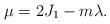
LaTeX: \begin{align*}\mu=2J_1-m\lambda.\end{align*}